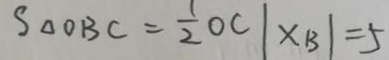
S _ { \Delta } O B C = \frac { 1 } { 2 } O C \vert x _ { B } \vert = 5